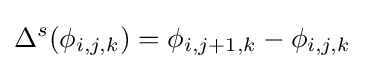
\Delta ^{s}(\phi _{i,j,k})=\phi _{i,j+1,k}-\phi _{i,j,k}